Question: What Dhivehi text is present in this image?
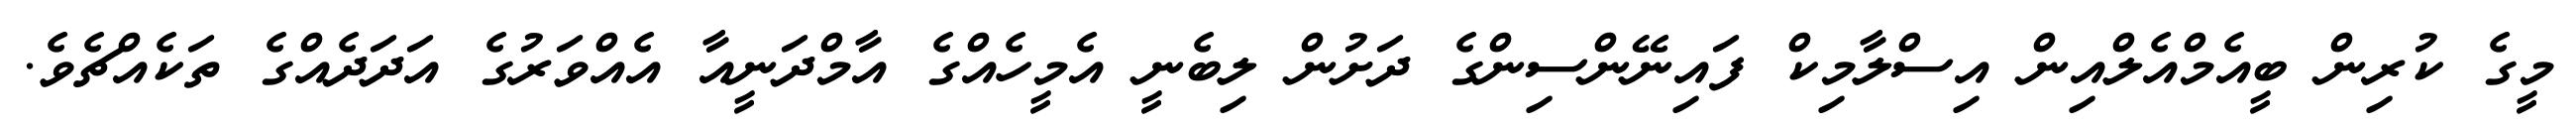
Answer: މީގެ ކުރިން ބީއެމްއެލްއިން އިސްލާމިކް ފައިނޭންސިންގެ ދަށުން ލިބެނީ އެމީހެއްގެ އާމްދަނީއާ އެއްވަރުގެ އަދަދެއްގެ ތަކެއްޗެވެ.